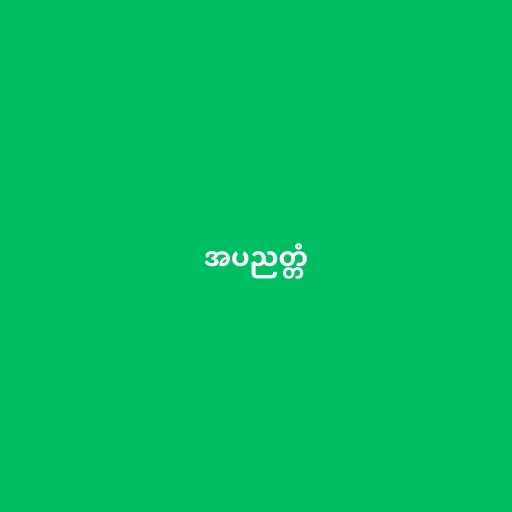
အပညတ္တံ